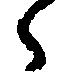
々